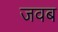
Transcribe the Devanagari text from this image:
जवब